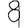
Digit: 8